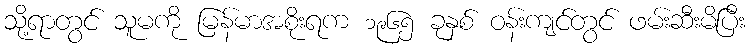
သို့ရာတွင် သူမကို မြန်မာအစိုးရက ၁၉၆၅ ခုနှစ် ဝန်းကျင်တွင် ဖမ်းဆီးမိပြီး